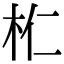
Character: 𣏴